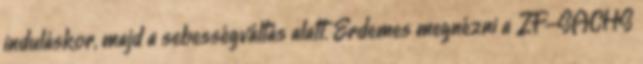
induláskor, majd a sebességváltás alatt. Érdemes megnézni a ZF-SACHS